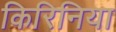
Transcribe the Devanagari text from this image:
किरिनिया